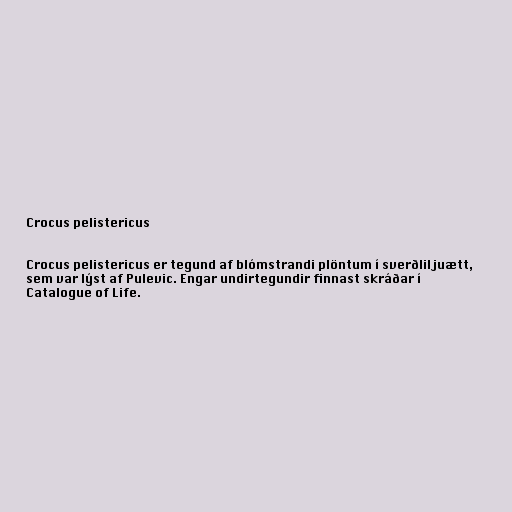
Crocus pelistericus

Crocus pelistericus er tegund af blómstrandi plöntum í sverðliljuætt,
sem var lýst af Pulevic. Engar undirtegundir finnast skráðar í
Catalogue of Life.